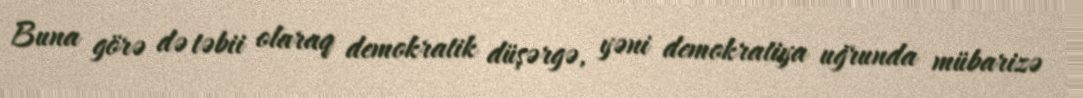
Buna görə də təbii olaraq demokratik düşərgə, yəni demokratiya uğrunda mübarizə